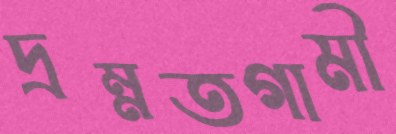
দ্রম্নতগামী